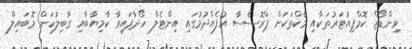
ވިންޑޯޒް ކޮމްޕިއުޓަރުތަކާއި މެކްތަކަށް ޕްރޮސެސާ އުފެއްދުމުގައި އިންޓެލް ހޯދާފައިވާ ކާމިޔާބާއި ގާބިލުކަން މޮބައިލް